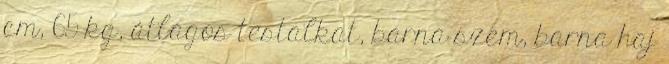
cm, 65 kg, átlagos testalkat, barna szem, barna haj